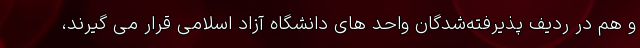
و هم در ردیف پذیرفته‌شدگان واحد های دانشگاه آزاد اسلامی قرار می گیرند،